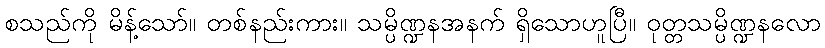
စသည်ကို မိန့်သော်။ တစ်နည်းကား။ သမ္ပိဏ္ဍနအနက် ရှိသောဟူပြီ။ ဝုတ္တသမ္ပိဏ္ဍနလော